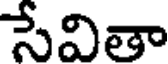
సేవితా